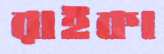
রাইকা